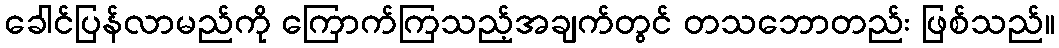
ခေါင်ပြန်လာမည်ကို ကြောက်ကြသည့်အချက်တွင် တသဘောတည်း ဖြစ်သည်။